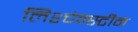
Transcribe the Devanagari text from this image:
लिश्चेन्स्टीन